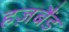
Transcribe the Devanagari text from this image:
हज़बैंड